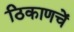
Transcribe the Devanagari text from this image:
ठिकाणचें